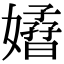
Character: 𡣁